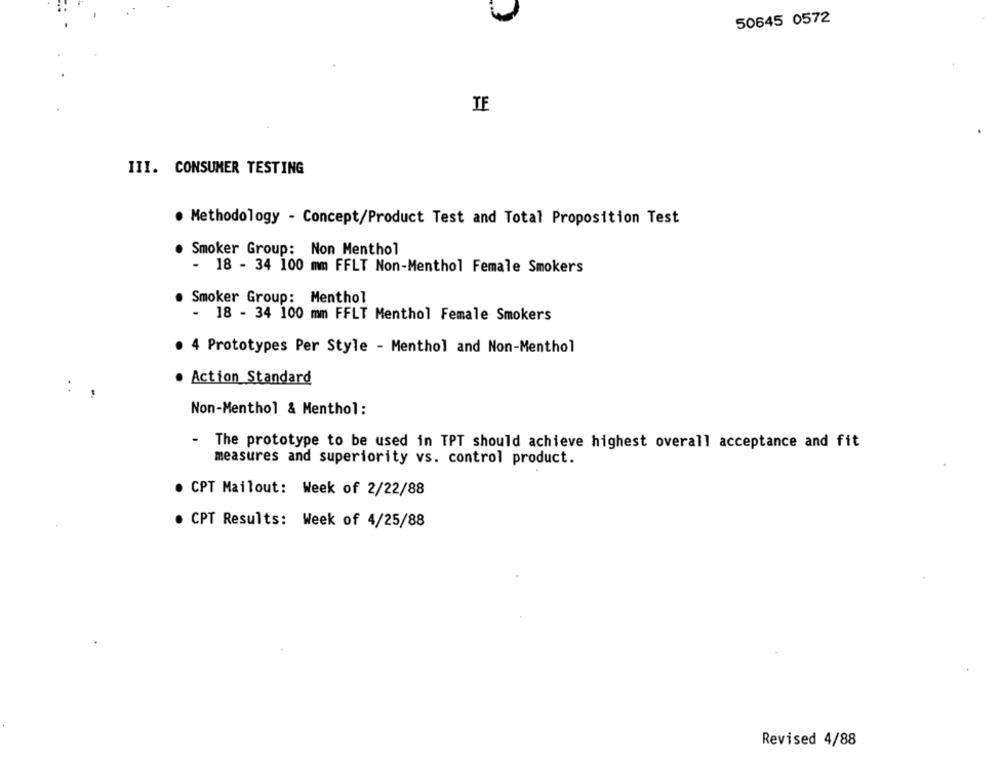
50645 0572
TE
III. CONSUMER TESTING
. Methodology - Concept/Product Test and Total Proposition Test
Smoker Group: Non Menthol
- 18 - 34 100 mm FFLT Non-Menthol Female Smokers
Smoker Group: Menthol
- 18 - 34 100 mm FFLT Menthol Female Smokers
. 4 Prototypes Per Style - Menthol and Non-Menthol
Action Standard
. .
-
Non-Menthol & Menthol:
- The prototype to be used in TPT should achieve highest overall acceptance and fit
measures and superiority vs. control product.
. CPT Mailout: Week of 2/22/88
. CPT Results: Week of 4/25/88
Revised 4/88